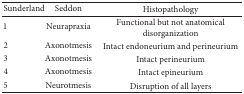
<table><thead><tr><td><b>Sunderland</b></td><td><b>Seddon</b></td><td><b>Histopathology</b></td></tr></thead><tbody><tr><td>1</td><td>Neurapraxia</td><td>Functional but not anatomical disorganization</td></tr><tr><td>2</td><td>Axonotmesis</td><td>Intact endoneurium and perineurium</td></tr><tr><td>3</td><td>Axonotmesis</td><td>Intact perineurium</td></tr><tr><td>4</td><td>Axonotmesis</td><td>Intact epineurium</td></tr><tr><td>5</td><td>Neurotmesis</td><td>Disruption of all layers</td></tr></tbody></table>